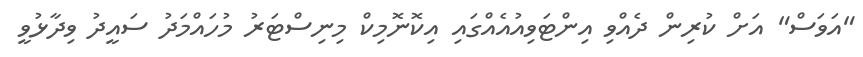
"އަވަސް" އަށް ކުރިން ދެއްވި އިންޓަވިއުއެއްގައި އިކޮނޮމިކް މިނިސްޓަރު މުހައްމަދު ސައީދު ވިދާޅުވީ